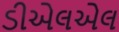
ડીએલએલ